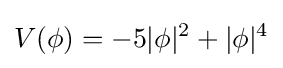
V(\phi )=-5|\phi |^{2}+|\phi |^{4}